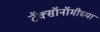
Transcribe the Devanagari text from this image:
टॅक्सॉनॉमीच्या